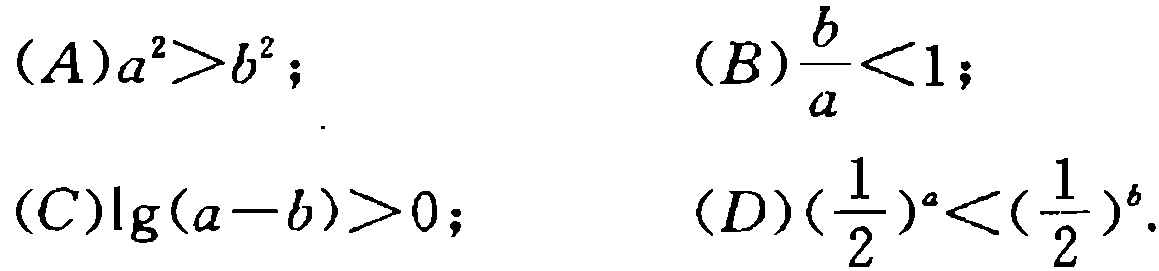
(A)$a^{2}>b^{2}$;
(B)$\frac{b}{a}<1$;
(C)$\lg(a - b)>0$;
(D)$(\frac{1}{2})^{a}<(\frac{1}{2})^{b}$.